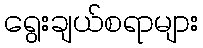
ရွေးချယ်စရာများ